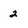
Character: 2